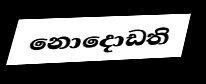
නොදොඩති